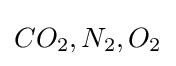
\textstyle CO_{2},N_{2},O_{2}